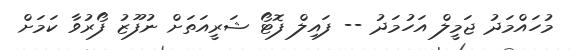
މުހައްމަދު ޖަމީލް އަހުމަދު -- ފައިލް ފޮޓޯ ޝަރީއަތަށް ނުފޫޒު ފޯރުވާ ކަމަށް